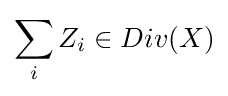
\sum _{i}Z_{i}\in Div(X)